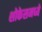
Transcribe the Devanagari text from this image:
शोकेसमध्ये